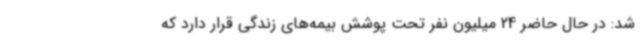
شد: در حال حاضر 24 میلیون نفر تحت پوشش بیمه‌های زندگی قرار دارد که